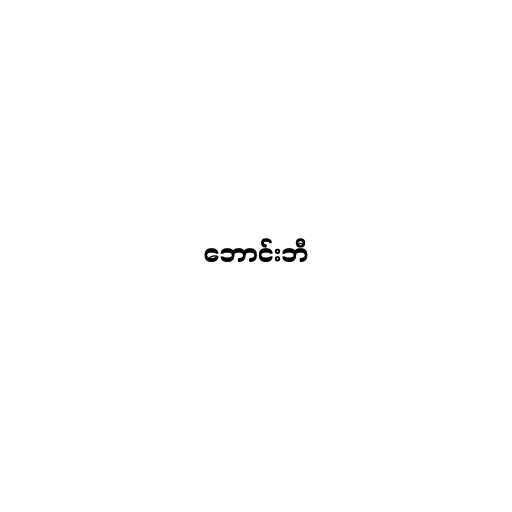
ဘောင်းဘီ